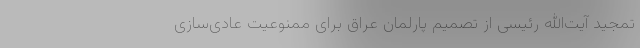
تمجید آیت‌الله رئیسی از تصمیم پارلمان عراق برای ممنوعیت عادی‌سازی